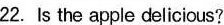
22. Is the apple delicious?